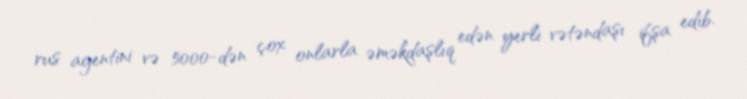
rus agentini və 5000-dən çox onlarla əməkdaşlıq edən yerli vətəndaşı ifşa edib.